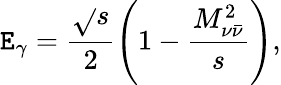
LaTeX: \mathtt{E}_{\gamma}=\frac{{\sqrt{}{{s}}}}{{2}}\left(1-\frac{{M_{\nu\bar{{\nu}}}^{2}}}{{s}}\right),